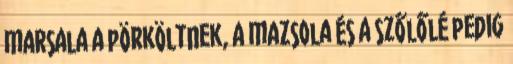
marsala a pörköltnek, a mazsola és a szőlőlé pedig